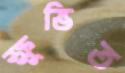
ক্ষুভিত